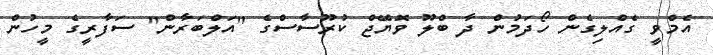
އެމްވީ ގެއްލިގެން ހޯދަމުން ދާ ބްލޫ ވޮޔޭޖް ކުރޫސާސްގެ "އަލްބަރާން" ސަފާރީގެ މީހުން